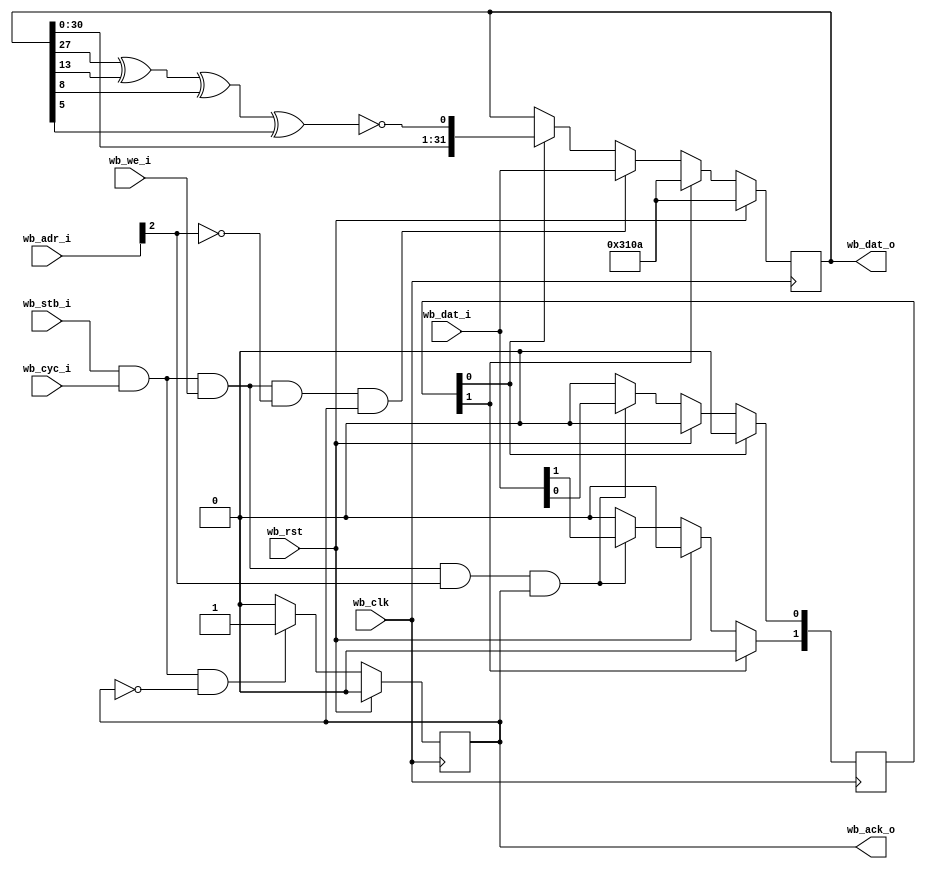
//////////////////////////////////////////////////////////////////////
////                                                              ////
//// Linear feedback shift register with Wishbone interface       ////
////                                                              ////
//// Description                                                  ////
//// Simple LFSR module (feedback hardcoded)                      ////
//// Two accessible registers:                                    ////
//// Address 0: LFSR Register (R/W)                               ////
//// Address 4: Control register, active high, self resetting (WO)////
////            Bit[0]: lfsr shift enable                         ////
////            Bit[1]: lfsr reset                                ////
////                                                              ////
////  To Do:                                                      ////
////        Perhaps make feedback parameterisable                 ////
////                                                              ////
////  Author(s):                                                  ////
////      - Julius Baxter, julius.baxter@orsoc.se                 ////
////                                                              ////
////                                                              ////
//////////////////////////////////////////////////////////////////////
////                                                              ////
//// Copyright (C) 2010 Authors and OPENCORES.ORG                 ////
////                                                              ////
//// This source file may be used and distributed without         ////
//// restriction provided that this copyright statement is not    ////
//// removed from the file and that any derivative work contains  ////
//// the original copyright notice and the associated disclaimer. ////
////                                                              ////
//// This source file is free software; you can redistribute it   ////
//// and/or modify it under the terms of the GNU Lesser General   ////
//// Public License as published by the Free Software Foundation; ////
//// either version 2.1 of the License, or (at your option) any   ////
//// later version.                                               ////
////                                                              ////
//// This source is distributed in the hope that it will be       ////
//// useful, but WITHOUT ANY WARRANTY; without even the implied   ////
//// warranty of MERCHANTABILITY or FITNESS FOR A PARTICULAR      ////
//// PURPOSE.  See the GNU Lesser General Public License for more ////
//// details.                                                     ////
////                                                              ////
//// You should have received a copy of the GNU Lesser General    ////
//// Public License along with this source; if not, download it   ////
//// from http://www.opencores.org/lgpl.shtml                     ////
////                                                              ////
//////////////////////////////////////////////////////////////////////
module wb_lfsr( wb_clk, wb_rst, wb_adr_i, wb_dat_i, wb_cyc_i, wb_stb_i, wb_we_i,
		wb_dat_o, wb_ack_o);
   
   parameter width = 32;
   parameter lfsr_rst_value = 32'b0011_0001_0000_1010;
   
   input wb_clk;
   input wb_rst;
   input [2:0] wb_adr_i;
   input [width-1:0] wb_dat_i;
   input 	     wb_cyc_i, wb_stb_i, wb_we_i;
   
   output [width-1:0] wb_dat_o;
   output reg 	      wb_ack_o;
   
   wire 	      wb_req;
   assign wb_req = wb_stb_i & wb_cyc_i;
   
   reg [width-1:0]    lfsr;
   wire 		  lfsr_feedback;

   assign wb_dat_o = lfsr;

   // Only 2 registers here, the lfsr itself and 
   wire 		  lfsr_sel;
   assign lfsr_sel = !wb_adr_i[2];
   wire 		  lfsr_control_reg_sel;
   assign lfsr_control_reg_sel = wb_adr_i[2];

   // [0]: shift enable, [1]: reset
   reg [1:0] 		  lfsr_control_reg;
   wire 		  lfsr_control_enable;
   wire 		  lfsr_control_rst;

   // Load the control reg when required, 
   always @(posedge wb_clk)
     begin
	if (wb_rst)
	  lfsr_control_reg <= 0;
	else if (wb_req & wb_we_i & lfsr_control_reg_sel & wb_ack_o)
	  lfsr_control_reg <= wb_dat_i;
	
	if (lfsr_control_reg[0])
	  lfsr_control_reg[0] <= 0;
	if (lfsr_control_reg[1])
	  lfsr_control_reg[1] <= 0;
     end // always @ (posedge wb_clk)

   assign lfsr_control_enable = lfsr_control_reg[0];
   assign lfsr_control_rst = lfsr_control_reg[1];
   
   assign lfsr_feedback = !(((lfsr[27] ^ lfsr[13]) ^ lfsr[8]) ^ lfsr[5]);
   
   always @(posedge wb_clk)
     if (wb_rst)
       lfsr <= lfsr_rst_value;
     else if (lfsr_control_rst)
       lfsr <= lfsr_rst_value;
     else if (wb_req & wb_we_i & lfsr_sel & wb_ack_o) // Set lfsr
       lfsr <= wb_dat_i;   
     else if (lfsr_control_enable)
       lfsr <= {lfsr[width-2:0], lfsr_feedback};
   
   always @(posedge wb_clk)
     if (wb_rst)
       wb_ack_o <= 0;
     else if (wb_req & !wb_ack_o)
       wb_ack_o <= 1;
     else if (wb_ack_o)
       wb_ack_o <= 0;
   

endmodule // lfsr